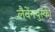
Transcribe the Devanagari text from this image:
लैवेंनयुस्की